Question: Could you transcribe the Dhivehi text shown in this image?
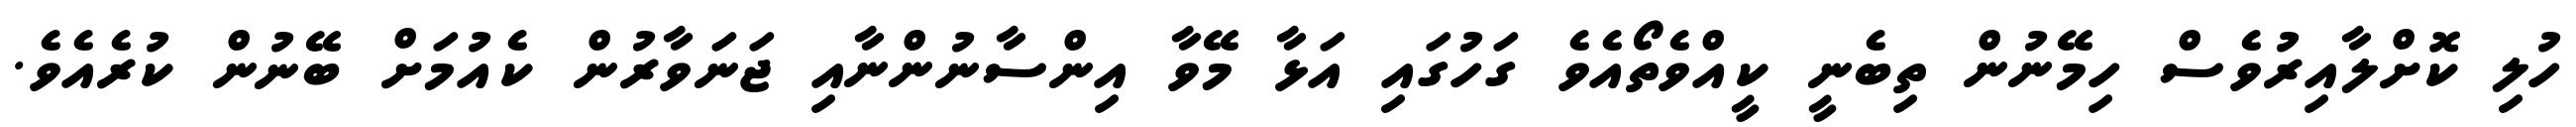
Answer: ހުލި ކޮށްލާއިރުވެސް ހިމޭނުން ތިބެނީ ކީއްވެތޯއެވެ ގަހުގައި އަޅާ މޭވާ އިންސާނުންނާއި ޖަނަވާރުން ކެއުމަށް ބޭނުން ކުރެއެވެ.